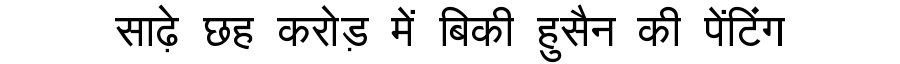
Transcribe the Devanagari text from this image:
साढ़े छह करोड़ में बिकी हुसैन की पेंटिंग